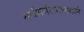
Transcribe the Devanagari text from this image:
सर्वधर्मसमभावाने